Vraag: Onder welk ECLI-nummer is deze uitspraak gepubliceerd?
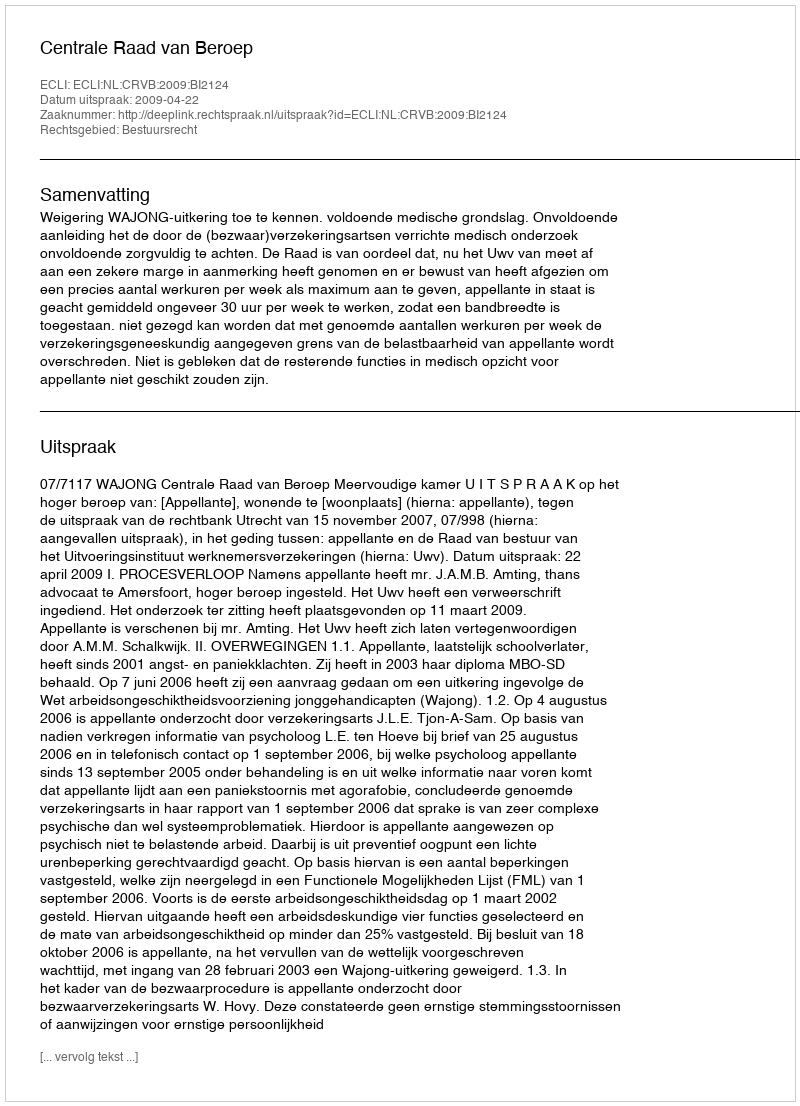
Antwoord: ECLI:NL:CRVB:2009:BI2124